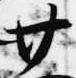
廿